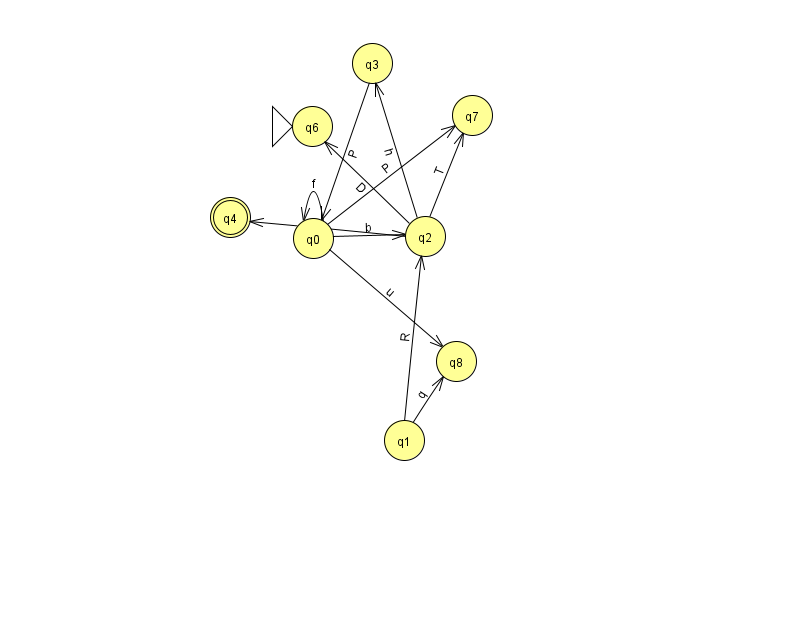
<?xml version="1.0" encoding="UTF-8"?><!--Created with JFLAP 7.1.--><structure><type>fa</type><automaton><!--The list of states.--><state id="0" name="q0"><x>313.0</x><y>225.0</y></state><state id="1" name="q1"><x>404.0</x><y>427.0</y></state><state id="2" name="q2"><x>425.0</x><y>223.0</y></state><state id="3" name="q3"><x>372.0</x><y>50.0</y></state><state id="4" name="q4"><x>230.0</x><y>204.0</y><final/></state><state id="6" name="q6"><x>312.0</x><y>113.0</y><initial/></state><state id="7" name="q7"><x>472.0</x><y>102.0</y></state><state id="8" name="q8"><x>456.0</x><y>348.0</y></state><!--The list of transitions.--><transition><from>0</from><to>7</to><read>P</read></transition><transition><from>0</from><to>2</to><read>b</read></transition><transition><from>1</from><to>8</to><read>q</read></transition><transition><from>0</from><to>0</to><read>f</read></transition><transition><from>2</from><to>7</to><read>T</read></transition><transition><from>3</from><to>0</to><read>P</read></transition><transition><from>2</from><to>6</to><read>D</read></transition><transition><from>1</from><to>2</to><read>R</read></transition><transition><from>0</from><to>8</to><read>u</read></transition><transition><from>2</from><to>3</to><read>h</read></transition><transition><from>2</from><to>4</to><read>t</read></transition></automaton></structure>